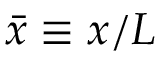
\bar { x } \equiv x / L